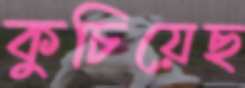
কুচিয়েছ